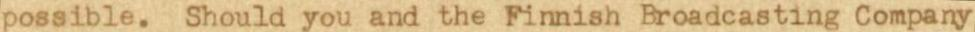
possible.  Should you and the Finnish Broadcasting Company